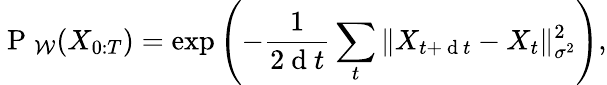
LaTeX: \mathrm{~P~}_{\mathcal{W}}(X_{0:T})=\exp\left(-\frac{1}{2\mathrm{~d~}t}\sum_{t}\| X_{t+\mathrm{~d~}t}-X_{t}\| _{\sigma^{2}}^{2}\right),